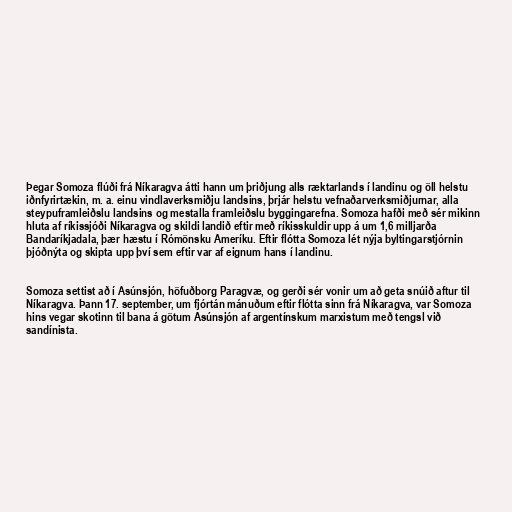
Þegar Somoza flúði frá Níkaragva átti hann um þriðjung alls ræktarlands í landinu og öll helstu
iðnfyrirtækin, m. a. einu vindlaverksmiðju landsins, þrjár helstu vefnaðarverksmiðjurnar, alla
steypuframleiðslu landsins og mestalla framleiðslu byggingarefna. Somoza hafði með sér mikinn
hluta af ríkissjóði Níkaragva og skildi landið eftir með ríkisskuldir upp á um 1,6 milljarða
Bandaríkjadala, þær hæstu í Rómönsku Ameríku. Eftir flótta Somoza lét nýja byltingarstjórnin
þjóðnýta og skipta upp því sem eftir var af eignum hans í landinu.

Somoza settist að í Asúnsjón, höfuðborg Paragvæ, og gerði sér vonir um að geta snúið aftur til
Níkaragva. Þann 17. september, um fjórtán mánuðum eftir flótta sinn frá Níkaragva, var Somoza
hins vegar skotinn til bana á götum Asúnsjón af argentínskum marxistum með tengsl við
sandínista.